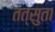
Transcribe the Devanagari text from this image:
तत्सुता